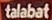
talabat